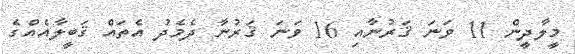
މީލާދީން 11 ވަނަ ޤަރުނާއި 16 ވަނަ ޤަރުނާ ދެމެދު އެތައް ޤަބީލާއެއްގެ